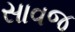
સાવજ